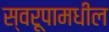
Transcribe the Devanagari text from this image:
स्वरूपामधील